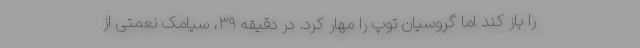
را باز کند اما گروسیان توپ را مهار کرد. در دقیقه ٣٩، سیامک نعمتی از